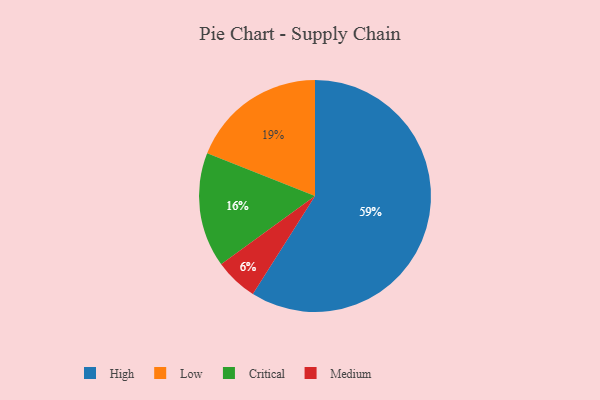
{"axis": {"x": "Category", "y": "Percentage"}, "legend": ["Critical", "High", "Low", "Medium"], "data": [{"x": "Medium", "y": 6, "type": "Medium"}, {"x": "Low", "y": 19, "type": "Low"}, {"x": "High", "y": 59, "type": "High"}, {"x": "Critical", "y": 16, "type": "Critical"}]}